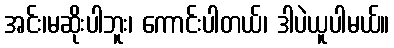
အင်း၊မဆိုးပါဘူး၊ ကောင်းပါတယ်၊ ဒါပဲယူပါမယ်။